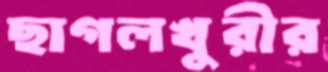
ছাগলখুরীর